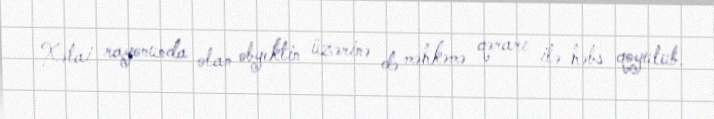
Xətai rayonunda olan obyektin üzərinə də məhkəmə qərarı ilə həbs qoyulub.